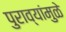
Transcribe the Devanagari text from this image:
पुराव्यांमुळे